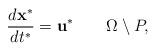
LaTeX: \begin{align*}\dfrac{d\mathbf{x}^{*}}{d t^{*}} = \mathbf{u}^{*} \qquad \Omega\setminus P,\end{align*}